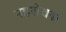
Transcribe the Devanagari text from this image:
पहलेतक